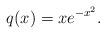
LaTeX: \begin{align*}q(x)=xe^{-x^{2}}. \end{align*}